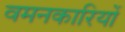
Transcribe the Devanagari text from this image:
वमनकारियों